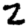
Digit: 2